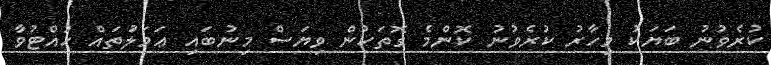
ކުރެވުނު ބަޔަކު މިހާރު ކުރެވުނު ކޮންމެ ގޮތަކުން ވިޔަސް މިނުބައި ޢަމަލަުތައް ހުއްޓުވާ